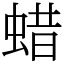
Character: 蜡